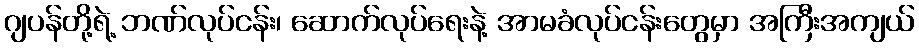
ဂျပန်တို့ရဲ့ ဘဏ်လုပ်ငန်း၊ ဆောက်လုပ်ရေးနဲ့ အာမခံလုပ်ငန်းတွေမှာ အကြီးအကျယ်